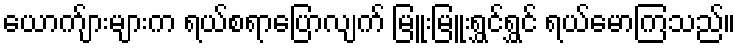
ယောက်ျားများက ရယ်စရာပြောလျက် မြူးမြူးရွှင်ရွှင် ရယ်မောကြသည်။